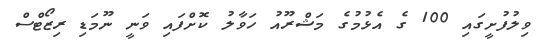
ވިލުފުށީގައި 100 ގެ އެޅުމުގެ މަޝްރޫއު ހަވާލު ކޮށްފައި ވަނީ ނޫމަޑި ރިޒޯޓްސް